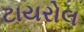
ટાયરોલ